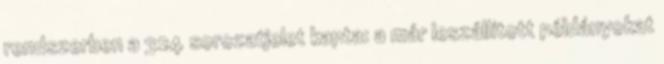
rendszerben a 324 sorozatjelet kapta: a már leszállított példányokat